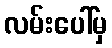
လမ်းပေါ်မှ